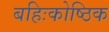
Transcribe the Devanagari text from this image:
बहिःकोष्ठिक